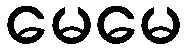
မေမေ